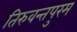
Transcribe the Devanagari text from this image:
तिरुवन्तपुरम